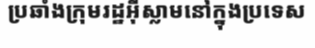
ប្រឆាំងក្រុមរដ្ឋអ៊ីស្លាមនៅក្នុងប្រទេស